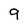
Character: 9